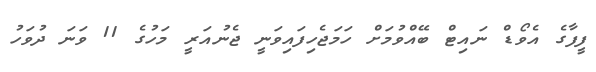
ފީފާގެ އެވޯޑް ނައިޓް ބޭއްވުމަށް ހަމަޖެހިފައިވަނީ ޖެނުއަރީ މަހުގެ 11 ވަނަ ދުވަހު